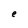
Character: e